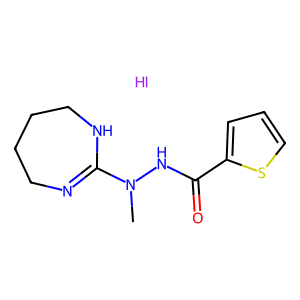
SMILES: CN(NC(=O)c1cccs1)C1=NCCCCN1.I
Inhibits HIV replication: No